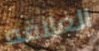
العلاقه